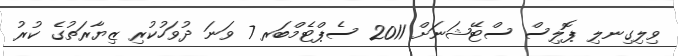
ވިލިގިނލި ޕޮލިސް ސްޓޭޝަނަށް 2011 ސެޕްޓެމްބަރ 7 ވަނަ ދުވަހުކުރި ޒިޔާރަތުގެ ކުރު